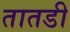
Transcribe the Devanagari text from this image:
तातडी